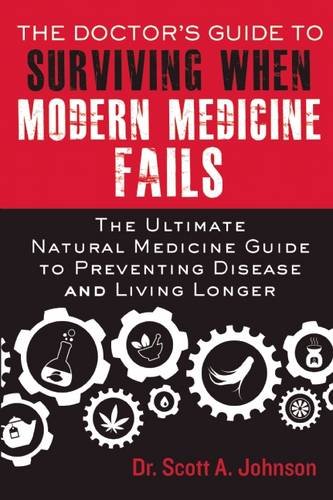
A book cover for The DoctorEEs Guide to Surviving When Modern Medicine Fails: The Ultimate Natural Medicine Guide to Preventing Disease and Living Longer; Scott A. Johnson; Health, Fitness & Dieting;